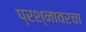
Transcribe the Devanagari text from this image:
प्रश्नावरचा